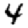
Digit: 4